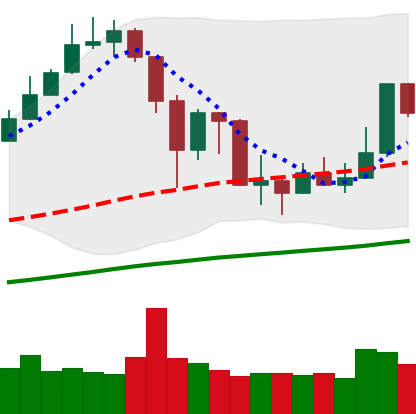
Ticker: XMR-USD
Chart end date: 2019-07-08
Forward return: -8.094%
Label: down_7plus